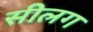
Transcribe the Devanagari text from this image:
सीलग